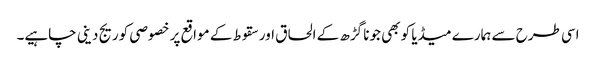
اسی طرح سے ہمارے میڈیا کو بھی جونا گڑھ کے الحاق اور سقوط کے مواقع پر خصوصی کوریج دینی چاہیے۔